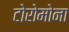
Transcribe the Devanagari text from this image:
टोरोमोना